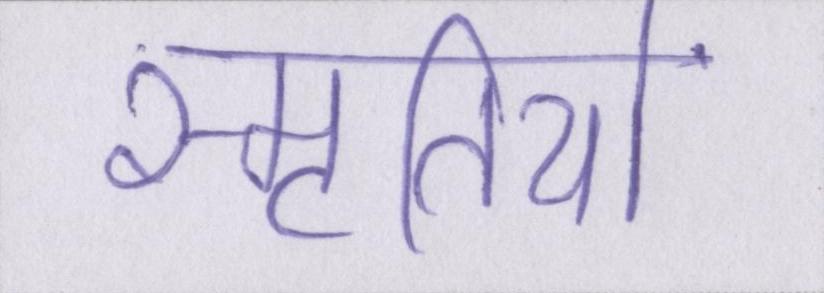
स्मृतियों